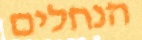
הנחלים